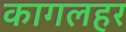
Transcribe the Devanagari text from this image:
कागलहर